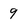
Character: 9